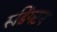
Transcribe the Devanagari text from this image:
रूडिंगटन